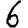
Digit: 6